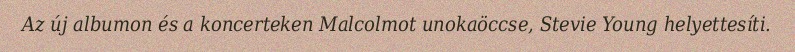
Az új albumon és a koncerteken Malcolmot unokaöccse, Stevie Young helyettesíti.